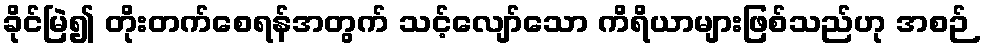
ခိုင်မြဲ၍ တိုးတက်စေရန်အတွက် သင့်လျော်သော ကိရိယာများဖြစ်သည်ဟု အစဉ်